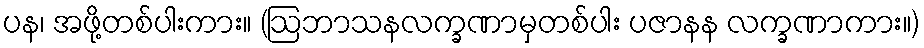
ပန၊ အဖို့တစ်ပါးကား။ (ဩဘာသနလက္ခဏာမှတစ်ပါး ပဇာနန လက္ခဏာကား။)